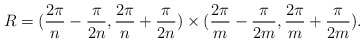
\begin{align*}R=(\frac{2\pi }{n}-\frac{\pi }{2n},\frac{2\pi }{n}+\frac{\pi}{2n})\times ( \frac{2\pi }{m}-\frac{\pi }{2m},\frac{2\pi}{m}+\frac{\pi }{2m}).\end{align*}